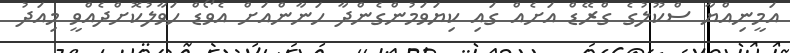
އަމީނިއްޔާ ސްކޫލުގެ ގްރޭޑް އަށެއް ގައި ކިޔަވަމުންގެންދާ ހަނާންއަށް އެވޯޑް ހަވާލުކޮށްދެއްވީ މިއަދު